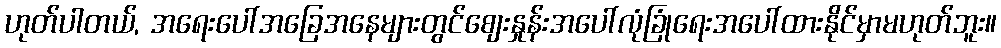
ဟုတ်ပါတယ်, အရေးပေါ်အခြေအနေများတွင်စျေးနှုန်းအပေါ်လုံခြုံရေးအပေါ်ထားနိုင်မှာမဟုတ်ဘူး။